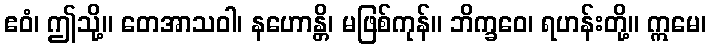
ဧဝံ၊ ဤသို့။ တေအာသဝါ၊ နဟောန္တိ၊ မဖြစ်ကုန်။ ဘိက္ခဝေ၊ ရဟန်းတို့။ ဣမေ၊